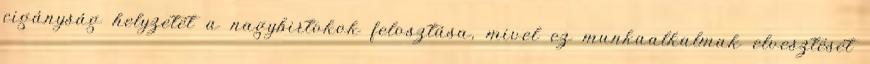
cigányság helyzetét a nagybirtokok felosztása, mivel ez munkaalkalmak elvesztését